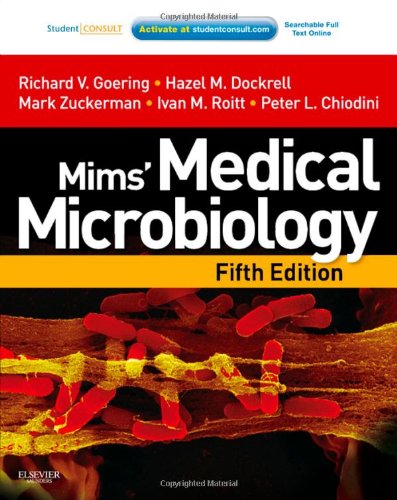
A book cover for Mims' Medical Microbiology: With STUDENT CONSULT Online Access, 5e (Medical Microbiology Series); Richard Goering BA MSc PhD; Medical Books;